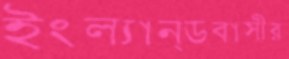
ইংল্যান্ডবাসীর